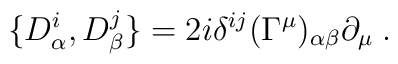
\{D^i_\alpha,D^j_\beta\}= 2i\delta^{ij}(\Gamma^\mu)_{\alpha\beta}\partial_\mu\;.